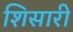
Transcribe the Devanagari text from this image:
शिसारी